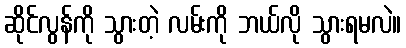
ဆိုင်လွန်ကို သွားတဲ့ လမ်းကို ဘယ်လို သွားရမလဲ။